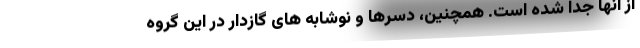
از آنها جدا شده است. همچنین، دسرها و نوشابه های گازدار در این گروه